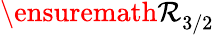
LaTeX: {\ensuremath{\mathcal R}}_{3/2}